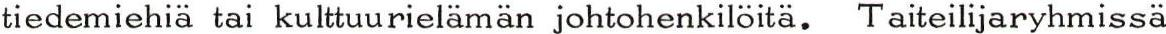
tiedemiehiä tai kulttuurielämän johtohenkilöitä. Taiteilijaryhmissä